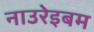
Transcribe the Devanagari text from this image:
नाउरेइबम